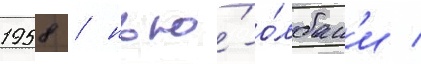
1958 / нью́-о́лбан'и /